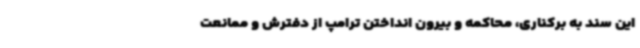
این سند به برکناری، محاکمه و بیرون انداختن ترامپ از دفترش و ممانعت